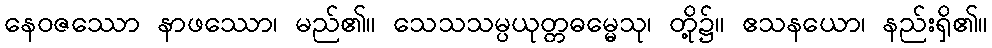
နေဝဇဿော နာဖဿော၊ မည်၏။ သေသသမ္ပယုတ္တဓမ္မေသု၊ တို့၌။ ဧသနယော၊ နည်းရှိ၏။